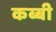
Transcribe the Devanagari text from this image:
कब्बी